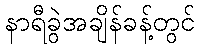
နာရီခွဲအချိန်ခန့်တွင်